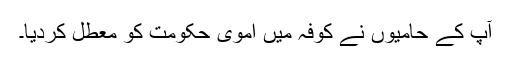
آپ کے حامیوں نے کوفہ میں اموی حکومت کو معطل کردیا۔